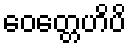
ဝေတ္တေဟိပိ